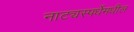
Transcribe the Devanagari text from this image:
नाट्यस्पर्धेमधील